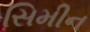
સિમીન